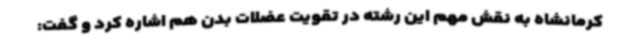
کرمانشاه به نقش مهم این رشته در تقویت عضلات بدن هم اشاره کرد و گفت: